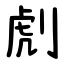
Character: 䖌